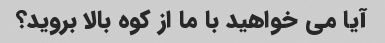
آیا می خواهید با ما از کوه بالا بروید؟